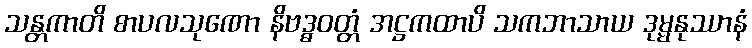
သန္တကာတိ စာပလသုဏော နိဗဒ္ဓဝတ္တံ အဋ္ဌကထာပိ သကဘာသာယ ဒုမ္မနုဿာနံ